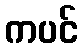
ကပင်